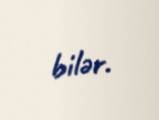
bilər.